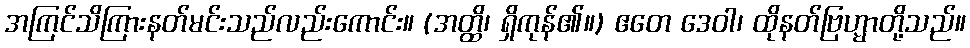
အကြင်သိကြားနတ်မင်းသည်လည်းကောင်း။ (အတ္ထိ၊ ရှိကုန်၏။) ဧတေ ဒေဝါ၊ ထိုနတ်ဗြဟ္မာတို့သည်။